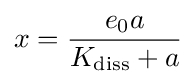
x={\frac {e_{0}a}{K_{\mathrm {diss} }+a}}